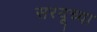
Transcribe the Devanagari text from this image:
सरयूच्या